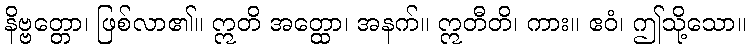
နိဗ္ဗတ္တော၊ ဖြစ်လာ၏။ ဣတိ အတ္ထော၊ အနက်။ ဣတီတိ၊ ကား။ ဧဝံ၊ ဤသို့သော။